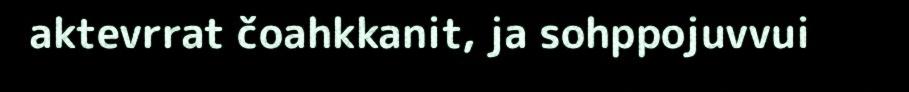
aktevrrat čoahkkanit, ja sohppojuvvui